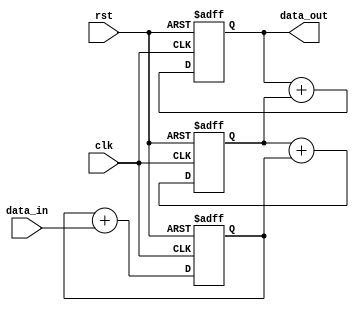
module CascadedAccumulator (
    input wire clk,
    input wire rst,
    input wire [15:0] data_in,
    output reg [15:0] data_out
);

reg [15:0] stage1_out;
reg [15:0] stage2_out;
reg [15:0] stage3_out;

always @(posedge clk or posedge rst) begin
    if (rst) begin
        stage1_out <= 16'd0;
        stage2_out <= 16'd0;
        stage3_out <= 16'd0;
    end else begin
        stage1_out <= stage1_out + data_in;
        stage2_out <= stage2_out + stage1_out;
        stage3_out <= stage3_out + stage2_out;
    end
end

assign data_out = stage3_out;

endmodule